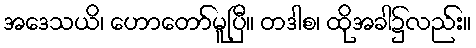
အဒေသယိ၊ ဟောတော်မူပြီ။ တဒါစ၊ ထိုအခါ၌လည်း။